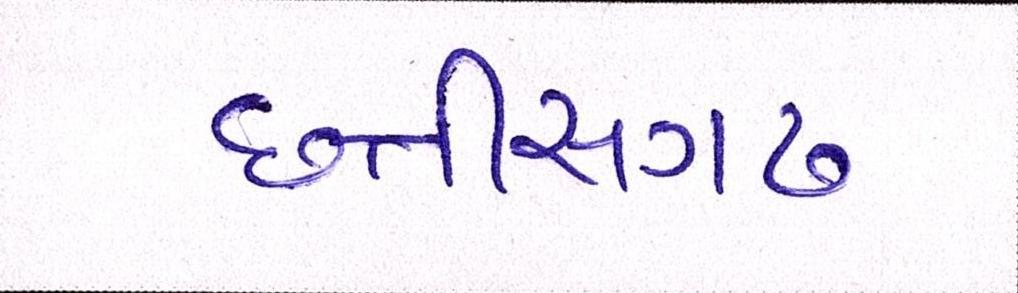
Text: છત્તીસગઢ